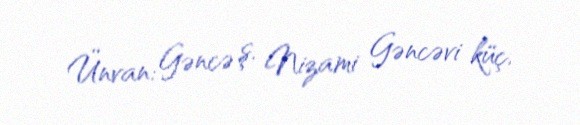
Ünvan: Gəncə ş. Nizami Gəncəvi küç.